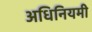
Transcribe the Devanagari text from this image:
अधिनियमी